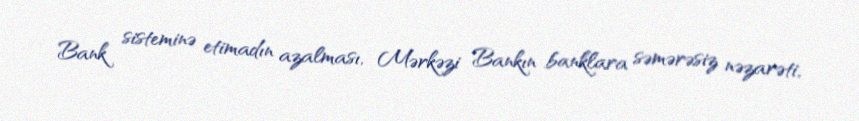
Bank sisteminə etimadın azalması, Mərkəzi Bankın banklara səmərəsiz nəzarəti,